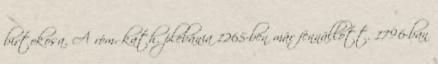
birtokosa. A róm. kath. plebánia 1265-ben már fennállott. 1796-ban